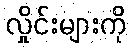
လှိုင်းများကို